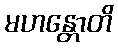
မဟန္တောတိ